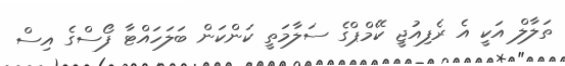
ތަލާލް އަކީ އެ ރެފިއުޖީ ކޭމްޕްގެ ސަލާމަތީ ކަންކަން ބަލަހައްޓާ ފޯސްގެ އިސް